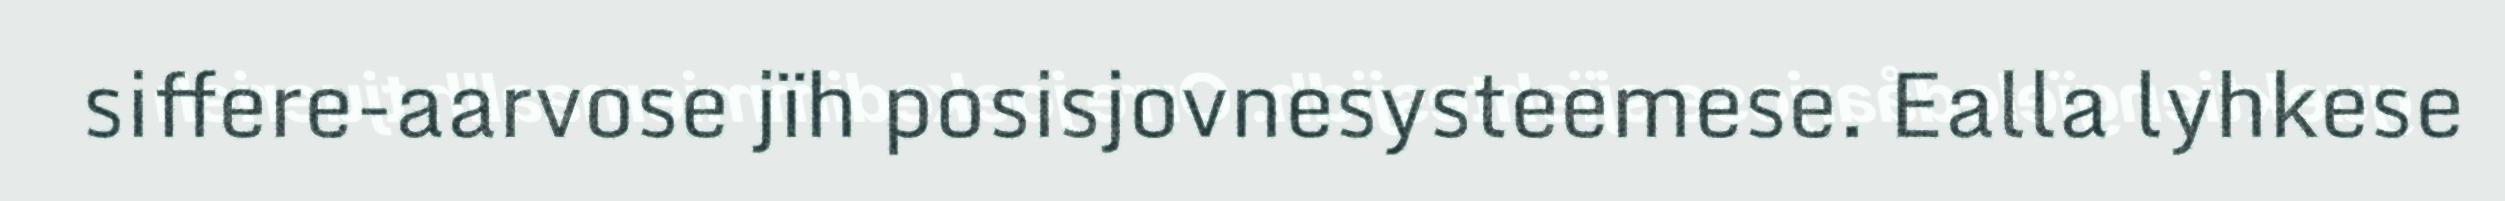
siffere-aarvose jïh posisjovnesysteemese. Ealla lyhkese